Eesti_Vabariigi_Tartu_Ulikool, lk 26
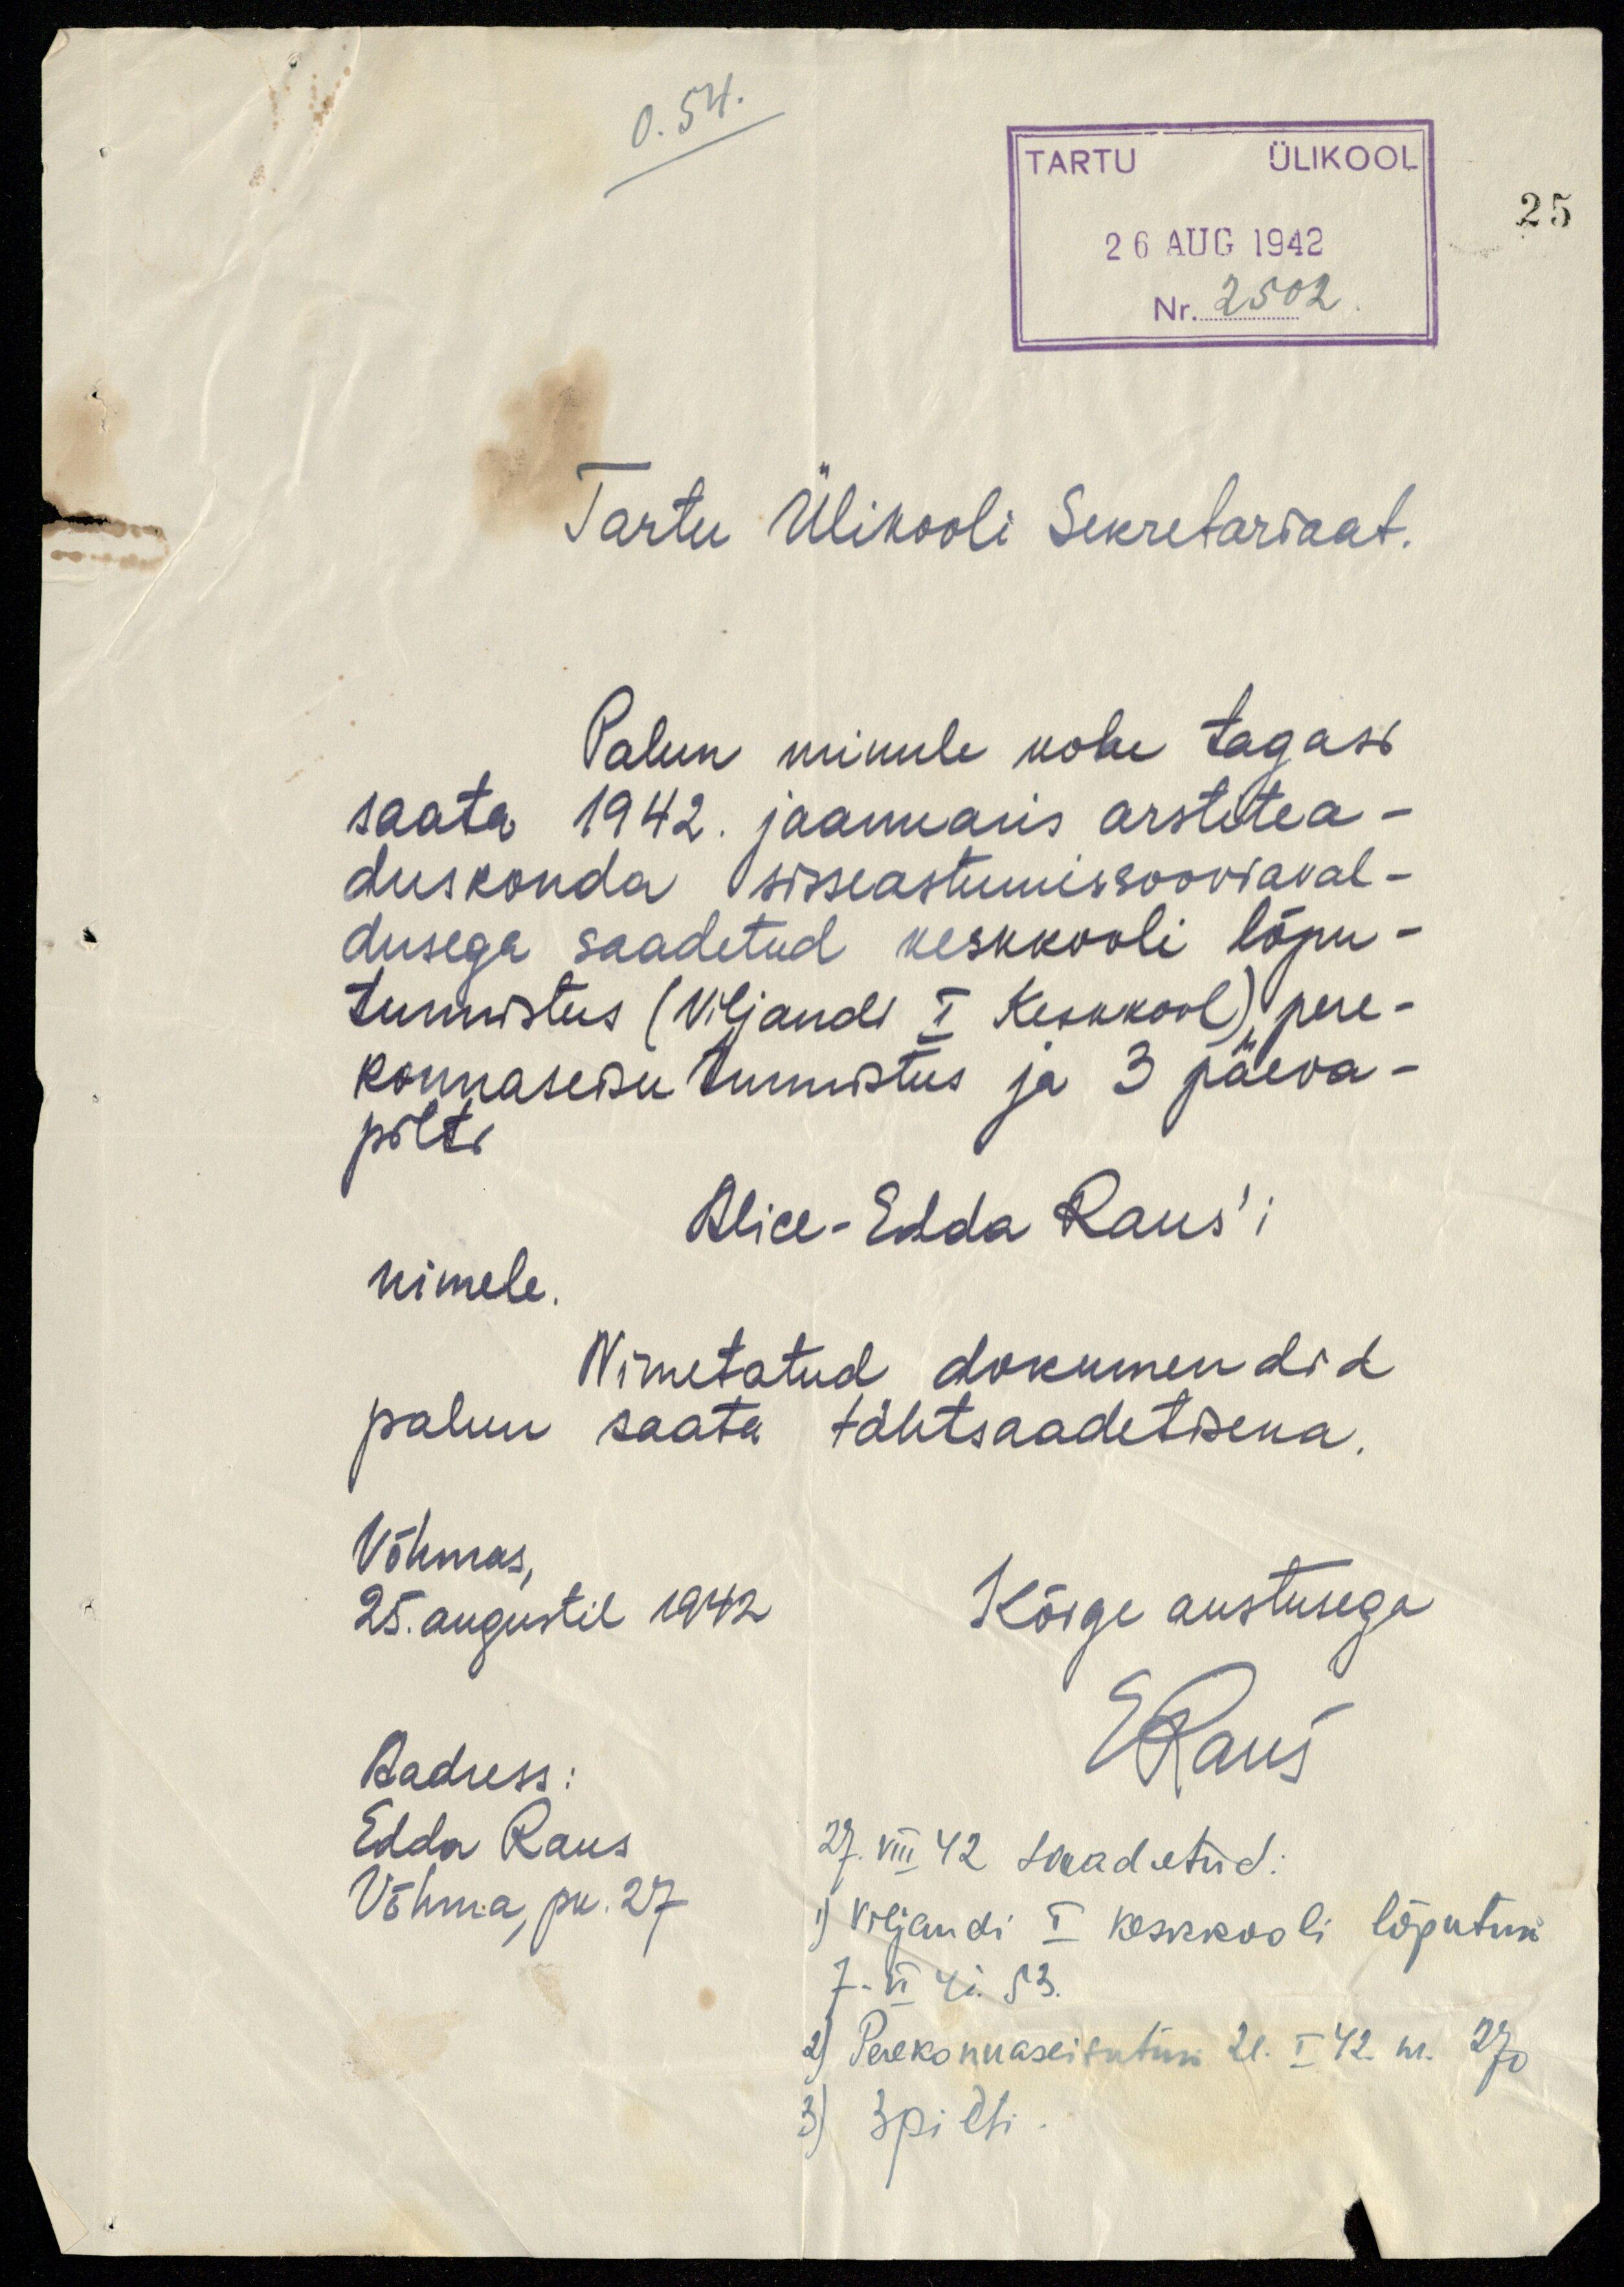
0. 54.
25
TARTU ÜLIKOOL
26 AUG 1942
Nr. 2502
Tartu Ülikooli Sekretariaat.
Palun minule kohe tagasi
saata 1942. jaanuaris arstitea-
duskonda sisseastumissooviaval-
dusega saadetud keskkooli lõpu-
tunnistus (Viljandi I Keskkool), pere-
konnaseisu tunnistus ja 3 päeva-
pilti
Alice-Edda Raus'i
nimele.
Nimetatud dokumendid
palun saata tähtsaadetisena.
Võhmas,
25. augustil 1942
Kõige austusega
E. Raus
Aadress:
Edda Raus
Võhma, pk. 27
27. VIII 42 saadetud:
1) Viljandi I keskkooli lõputun
7- VI 41 53.
2) Perekonnaseisutun 21. I 42. nr. 270
3) 3pilti